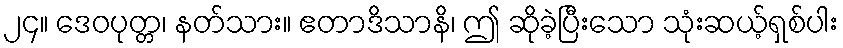
၂၄။ ဒေဝပုတ္တ၊ နတ်သား။ ဧတာဒိသာနိ၊ ဤ ဆိုခဲ့ပြီးသော သုံးဆယ့်ရှစ်ပါး